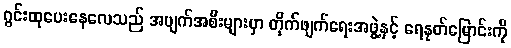
ဂွင်းထုပေးနေလေသည် အပျက်အစီးများမှာ တိုက်ဖျက်ရေးအဖွဲ့နှင့် ရေနုတ်မြောင်းကို